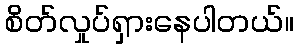
စိတ်လှုပ်ရှားနေပါတယ်။